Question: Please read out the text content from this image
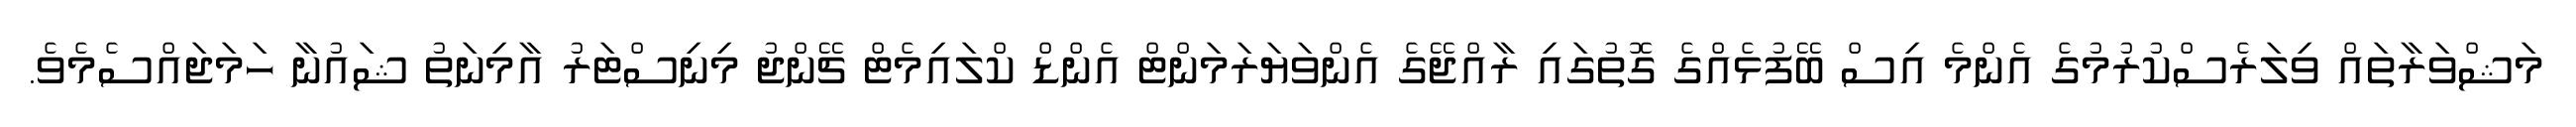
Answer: މަޝްވަރާތައް ވިލަރެސްކުރުމުގެ އެންމެ އިސް ބޭފުޅެއްގެ ގޮތުގައި ރާއްޖޭގެ އެންވަޔަރަމަންޓް އެންޑް ކްލައިމެޓް ޗޭންޖު މިނިސްޓަރު އާމިނަތު ޝައުނާ ހަމަޖައްސެމެވެ.